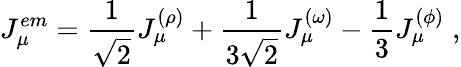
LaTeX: J_{\mu}^{em}=\frac{1}{\sqrt{2}}J_{\mu}^{(\rho)}+\frac{1}{3\sqrt{2}}J_{\mu}^{(\omega)}-\frac{1}{3}J_{\mu}^{(\phi)}\; ,